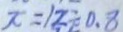
\pi = 1 2 \div 0 . 8